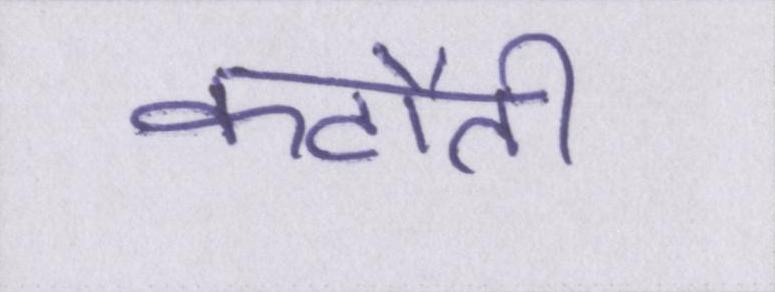
कटौती